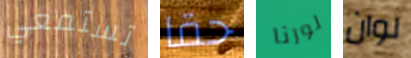
تستمعي حقا لورنا لوان